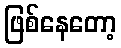
ဖြစ်နေတော့